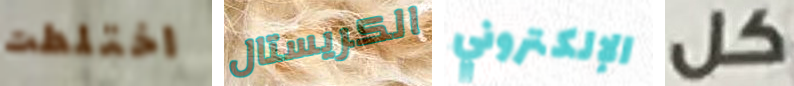
اختلطت الكريستال الإلكتروني كل